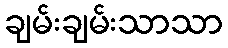
ချမ်းချမ်းသာသာ